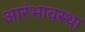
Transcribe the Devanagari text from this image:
आरंभावस्था